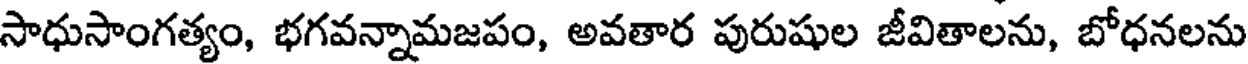
సాధుసాంగత్యం, భగవన్నామజపం, అవతార పురుషుల జీవితాలను, బోధనలను